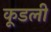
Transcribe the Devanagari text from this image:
कूडली